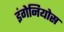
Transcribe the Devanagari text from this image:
इंगेनियोस